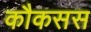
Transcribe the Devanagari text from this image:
कौकसस